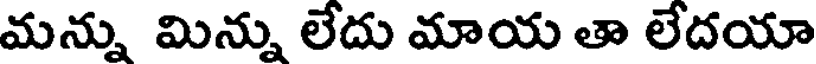
మన్ను మిన్ను లేదు మాయ తా లేదయా